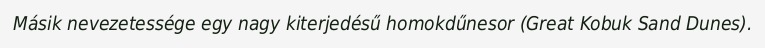
Másik nevezetessége egy nagy kiterjedésű homokdűnesor (Great Kobuk Sand Dunes).